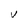
Character: V